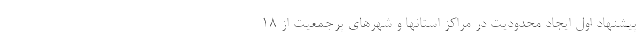
پیشنهاد اول ایجاد محدودیت در مراکز استانها و شهرهای پرجمعیت از 18